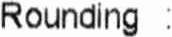
ROUNDING :